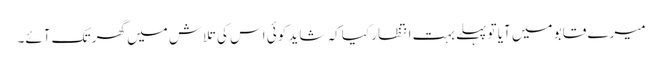
میرے قابو میں آیا تو پہلے بہت انتظار کیا کہ شاید کوئی اس کی تلاش میں گھر تک آئے۔